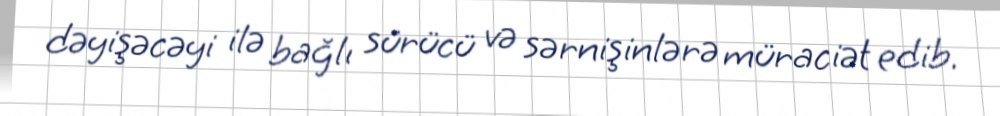
dəyişəcəyi ilə bağlı sürücü və sərnişinlərə müraciət edib.